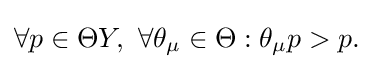
{\textstyle \forall p\in \Theta Y,\ \forall \theta _{\mu }\in \Theta :\theta _{\mu }p>p.}